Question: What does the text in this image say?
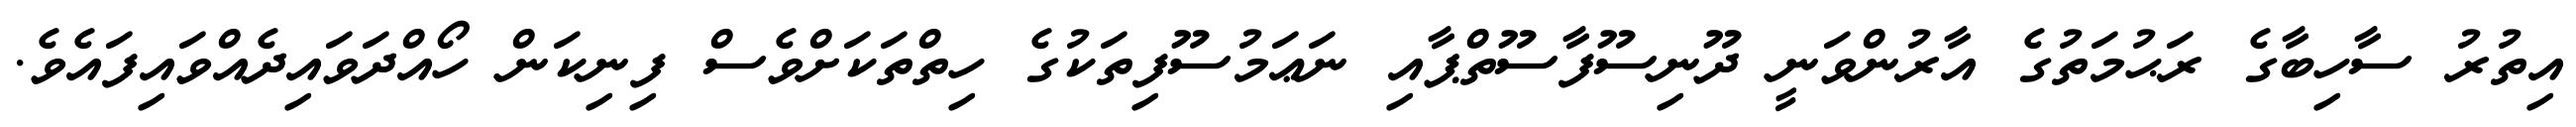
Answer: އިތުރު ސާހިބާގެ ރަޙުމަތުގެ އާރުންވަނީ ދޫނިސޫފާސޫތްޕާއި ނަޢަމުސޫފިތަކުގެ ހިތްތަކަށްވެސް ފިނިކަން ހޯއްދަވައިދެއްވައިފައެވެ.